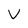
Character: V